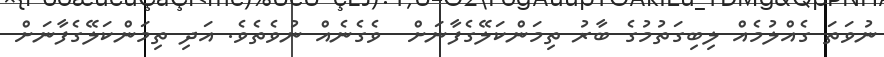
ނުވަތަ ގެއްލުމެއް ލިބިގަތުމުގެ ބާރު ތިމަންކަލޭގެފާނަށް  ވެގެނެއް ނުވެތެވެ. އަދި ތިމަންކަލޭގެފާނަށް